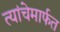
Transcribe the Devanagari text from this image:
त्यांचेमार्फत